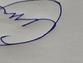
Signature authenticity: forged